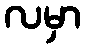
လမှာ